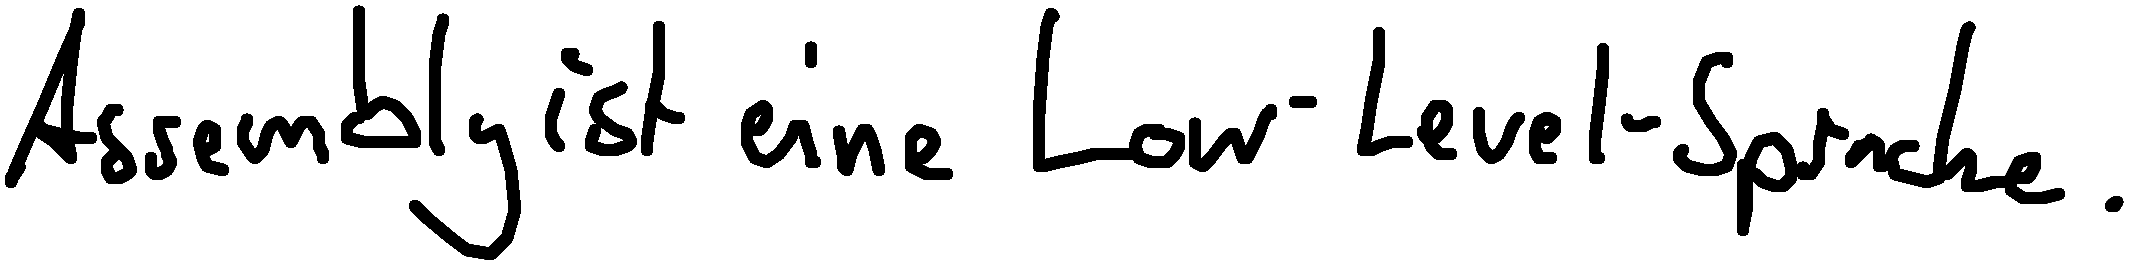
Assembly ist eine Low-Level-Sprache.